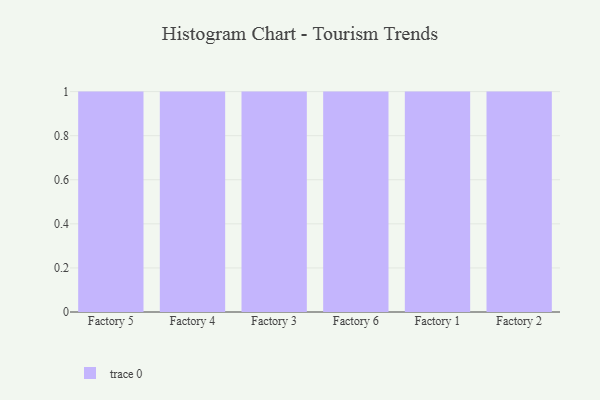
{"axis": {"x": "Factory", "y": "Website Visitors"}, "legend": [""], "data": [{"x": "Factory 5", "y": 44, "type": ""}, {"x": "Factory 4", "y": 38, "type": ""}, {"x": "Factory 3", "y": 31, "type": ""}, {"x": "Factory 6", "y": 44, "type": ""}, {"x": "Factory 1", "y": 64, "type": ""}, {"x": "Factory 2", "y": 49, "type": ""}]}